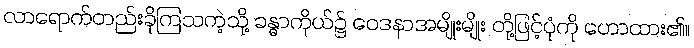
လာရောက်တည်းခိုကြသကဲ့သို့ ခန္ဓာကိုယ်၌ ဝေဒနာအမျိုးမျိုး တို့ဖြင့်ပုံကို ဟောထား၏။